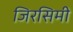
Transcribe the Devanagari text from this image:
जिरसिमी